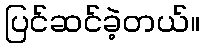
ပြင်ဆင်ခဲ့တယ်။